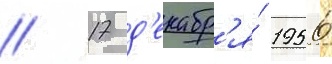
// 17 д'екабр'я́ 1956